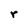
Character: r